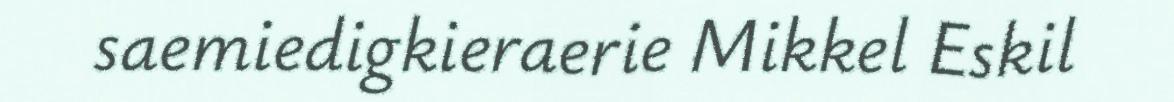
saemiedigkieraerie Mikkel Eskil